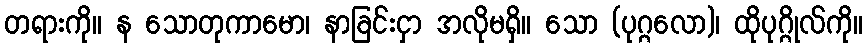
တရားကို။ န သောတုကာမော၊ နာခြင်းငှာ အလိုမရှိ။ သော (ပုဂ္ဂလော)၊ ထိုပုဂ္ဂိုလ်ကို။